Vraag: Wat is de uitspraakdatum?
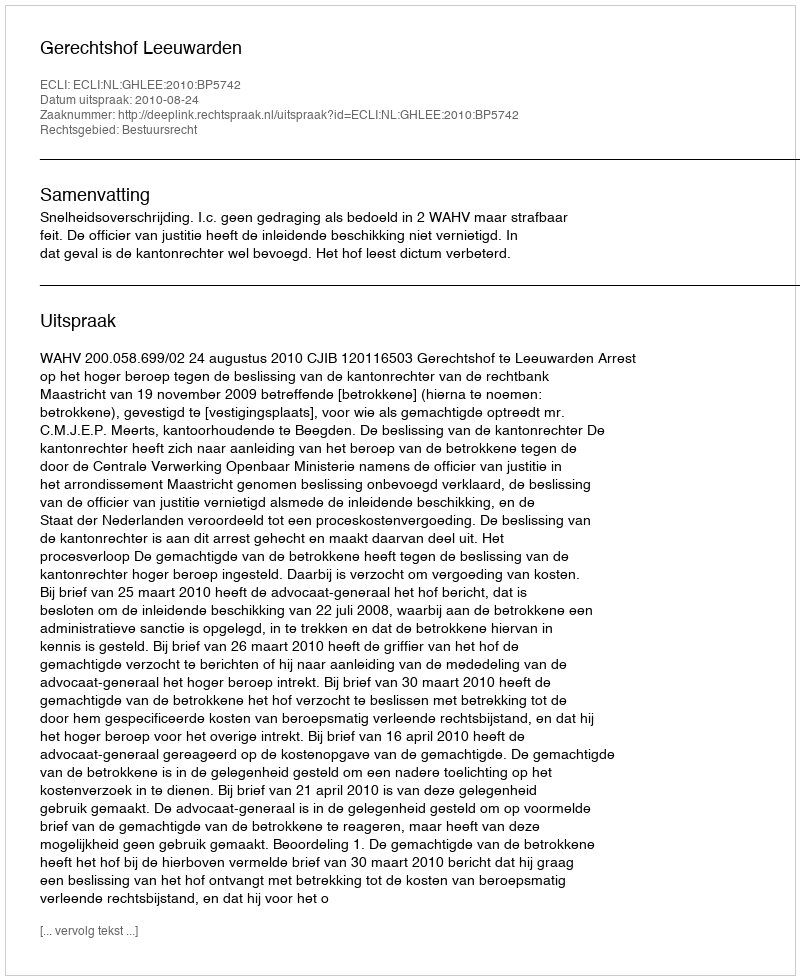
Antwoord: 2010-08-24